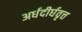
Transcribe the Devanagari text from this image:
अर्धदीर्घवृत्त